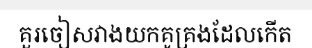
គួរចៀសវាងយកគូគ្រងដែលកើត